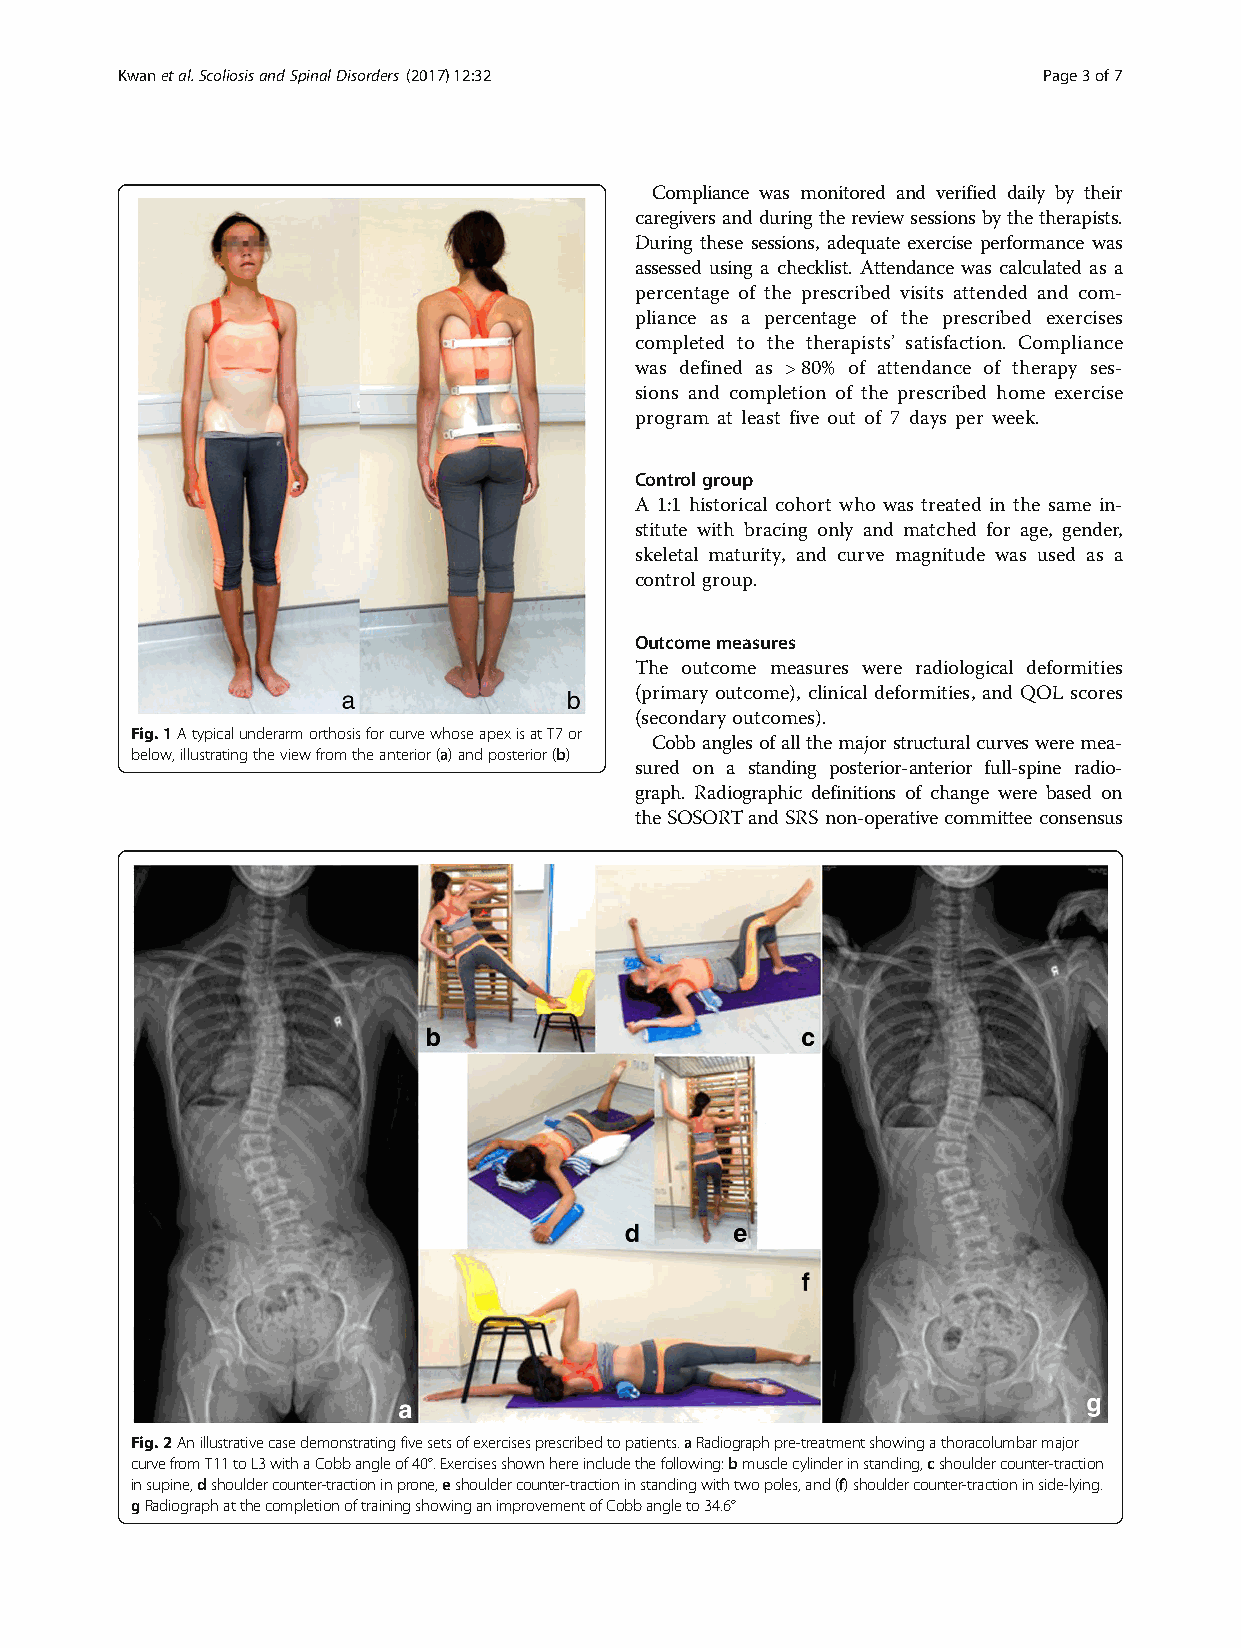
Kwanetal.ScoliosisandSpinalDisorders (2017) 12:32            Page3of7
 Compliance was monitored and verified daily by their
 caregiversandduringthereviewsessionsbythetherapists.
 During these sessions, adequate exercise performance was
 assessed using a checklist. Attendance was calculated as a
 percentage of the prescribed visits attended and com-
 pliance as a percentage of the prescribed exercises
 completed to the therapists’ satisfaction. Compliance
 was defined as >80% of attendance of therapy ses-
 sions and completion of the prescribed home exercise
 program at least five out of 7 days per week.
 Controlgroup
 A 1:1 historical cohort who was treated in the same in-
 stitute with bracing only and matched for age, gender,
 skeletal maturity, and curve magnitude was used as a
 control group.
 Outcomemeasures
 The outcome measures were radiological deformities
 (primary outcome), clinical deformities, and QOL scores
 (secondaryoutcomes).
 Fig.1AtypicalunderarmorthosisforcurvewhoseapexisatT7or
 Cobbanglesofallthemajorstructuralcurvesweremea-
 below,illustratingtheviewfromtheanterior(a)andposterior(b)
 sured on a standing posterior-anterior full-spine radio-
 graph. Radiographic definitions of change were based on
 the SOSORTand SRSnon-operative committee consensus
 Fig.2Anillustrativecasedemonstratingfivesetsofexercisesprescribedtopatients.aRadiographpre-treatmentshowingathoracolumbarmajor
 curvefromT11toL3withaCobbangleof40°.Exercisesshownhereincludethefollowing:bmusclecylinderinstanding,cshouldercounter-traction
 insupine,dshouldercounter-tractioninprone,eshouldercounter-tractioninstandingwithtwopoles,and(f)shouldercounter-tractioninside-lying.
 gRadiographatthecompletionoftrainingshowinganimprovementofCobbangleto34.6°